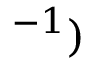
^ { - 1 } )